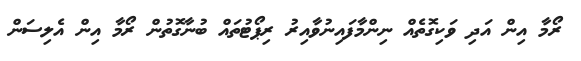
ރޯމާ އިން އަދި ވަކިގޮތެއް ނިންމާފައިނުވާއިރު ރިޕޯޓުތައް ބުނާގޮތުން ރޯމާ އިން އެލިސަން